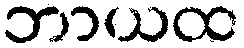
ဘာယထ